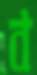
ব